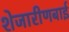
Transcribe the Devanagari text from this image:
शेजारीणबाई